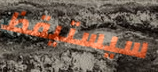
سيستيقظ